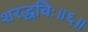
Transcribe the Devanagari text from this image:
शरद्धविः॥६॥